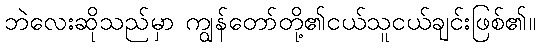
ဘဲလေးဆိုသည်မှာ ကျွန်တော်တို့၏ငယ်သူငယ်ချင်းဖြစ်၏။